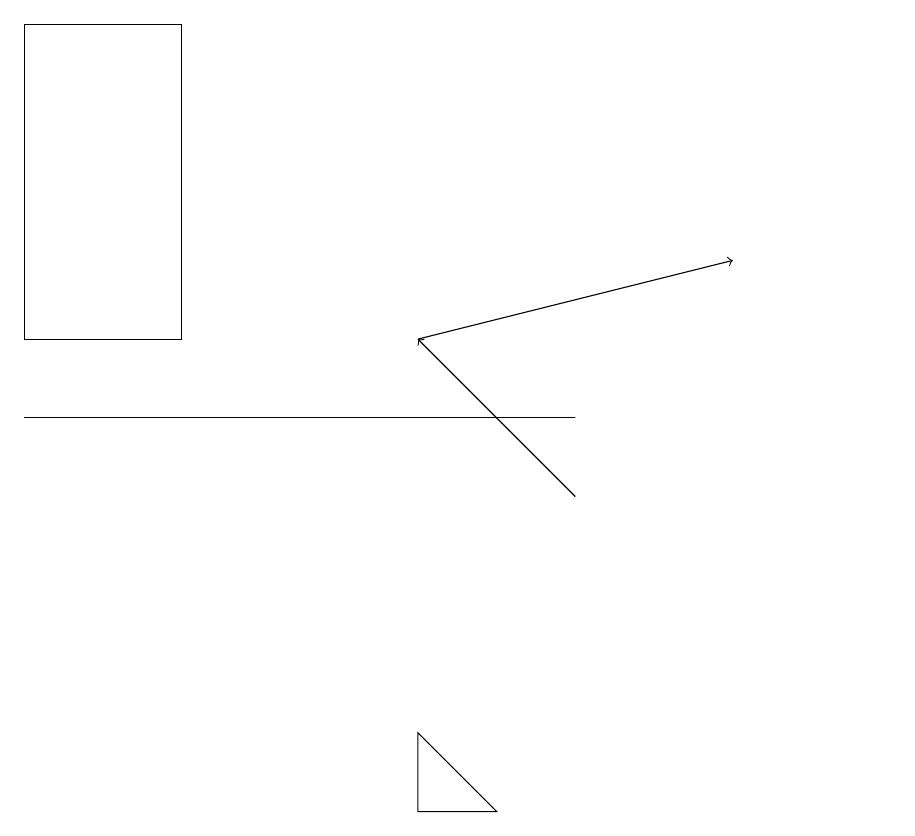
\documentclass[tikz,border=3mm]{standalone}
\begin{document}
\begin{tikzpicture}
\draw[->] (5,12) -- (9,13);
\draw (7,11) rectangle (0,11);
\draw[->] (7,10) -- (5,12);
\draw (5,7) -- (5,6) -- (6,6) -- cycle;
\draw (2,16) rectangle (0,12);
\draw (11,11) circle (0);
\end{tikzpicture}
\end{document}